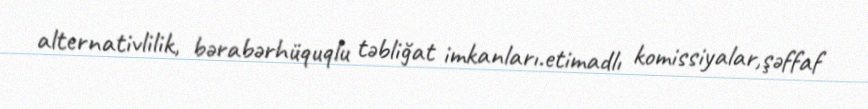
alternativlilik, bərabərhüquqlu təbliğat imkanları.etimadlı komissiyalar,şəffaf